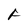
Character: F